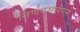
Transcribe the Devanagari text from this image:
निर्णयसागरने